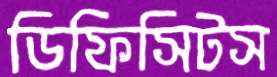
ডিফিসিটস